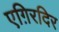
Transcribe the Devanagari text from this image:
एग़िरदिर